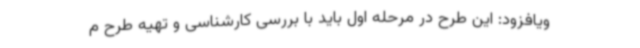
ویافزود: این طرح در مرحله اول باید با بررسی کارشناسی و تهیه طرح م